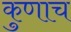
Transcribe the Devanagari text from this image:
कुणाच